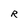
Character: R